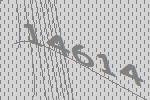
14614